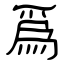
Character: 爲